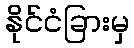
နိုင်ငံခြားမှ